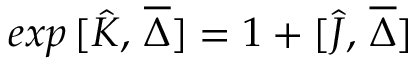
e x p \, [ \hat { K } , \, \overline { { { \Delta } } } ] = 1 + [ \hat { J } , \, \overline { { { \Delta } } } ]